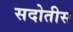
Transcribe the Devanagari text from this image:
सदोतीस